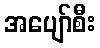
အပျော်စီး